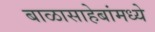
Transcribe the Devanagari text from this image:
बाळासाहेबांमध्ये